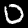
Label: 0